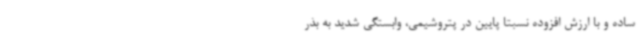
ساده و با ارزش افزوده نسبتا پایین در پتروشیمی، وابستگی شدید به بذر